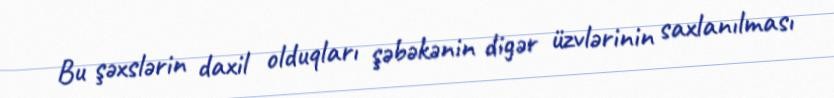
Bu şəxslərin daxil olduqları şəbəkənin digər üzvlərinin saxlanılması